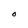
Character: O